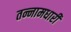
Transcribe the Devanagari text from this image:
तन्नामधारी